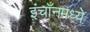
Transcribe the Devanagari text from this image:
इंचॉनमध्ये